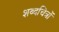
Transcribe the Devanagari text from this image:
शब्दचित्रों